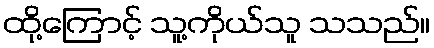
ထို့ကြောင့် သူ့ကိုယ်သူ သသည်။